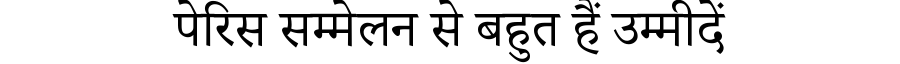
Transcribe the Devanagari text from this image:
पेरिस सम्मेलन से बहुत हैं उम्मीदें